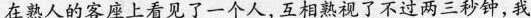
在熟人的客座上看见了一个人,互相熟视了不过两三秒钟,我